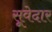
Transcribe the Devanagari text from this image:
सूवेदार